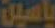
ياسين